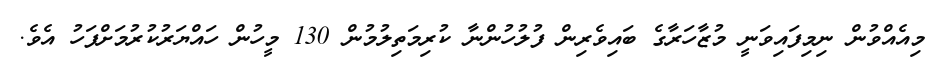
މިއެއްވުން ނިމިފައިވަނީ މުޒާހަރާގެ ބައިވެރިން ފުލުުހުންނާ ކުރިމަތިލުމުން 130 މީހުން ހައްޔަރުކުރުމަށްފަހު އެވެ.